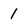
Character: 1